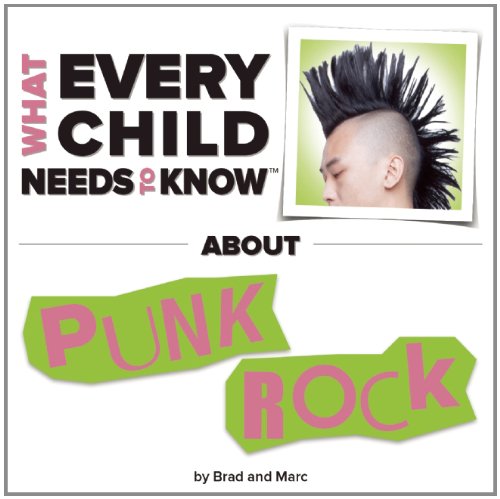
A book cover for What Every Child Needs To Know About Punk Rock; R. Bradley Snyder; Children's Books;